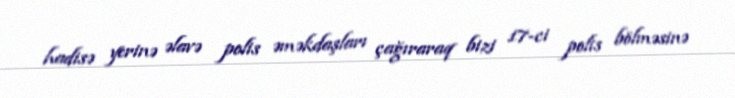
hadisə yerinə əlavə polis əməkdaşları çağıraraq bizi 17-ci polis bölməsinə